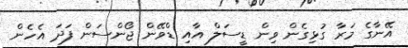
އޭނާގެ މަރާ ގުޅިގެން ވިން ޑީސަލް އާއި ޑްވޭން ޖޯންސަން ފަދަ އެހެން